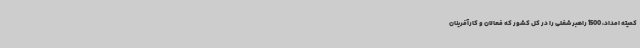
کمیته امداد، 1500 راهبر شغلی را در کل کشور که فعالان و کارآفرینان